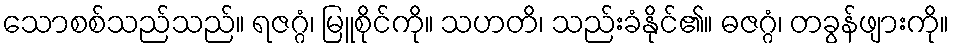
သောစစ်သည်သည်။ ရဇဂ္ဂံ၊ မြူစိုင်ကို။ သဟတိ၊ သည်းခံနိုင်၏။ ဓဇဂ္ဂံ၊ တခွန်ဖျားကို။